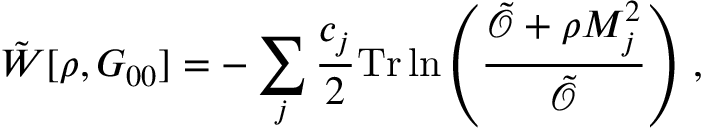
\tilde { W } [ \rho , G _ { 0 0 } ] = - \sum _ { j } \frac { c _ { j } } { 2 } \mathrm { T r } \ln \left( \frac { \tilde { \mathcal { O } } + \rho M _ { j } ^ { 2 } } { \tilde { \mathcal { O } } } \right) \, ,